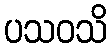
ပသဝသိ